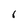
Character: 1